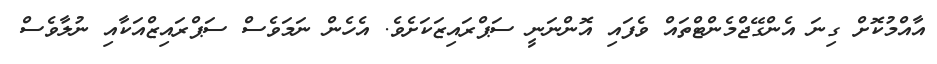
އާއްމުކޮށް ގިނަ އެންގޭޖްމެންޓްތައް ވެފައި އޮންނަނީ ސަޕްރައިޒަކަށެވެ. އެހެން ނަމަވެސް ސަޕްރައިޒްއަކާއި ނުލާވެސް